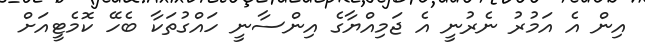
އިން އެ އަމުރު ނެރުނީ އެ ޖަމިއްޔާގެ އިންސާނީ ހައްގުތަކާ ބެހޭ ކޮމެޓީއަށް